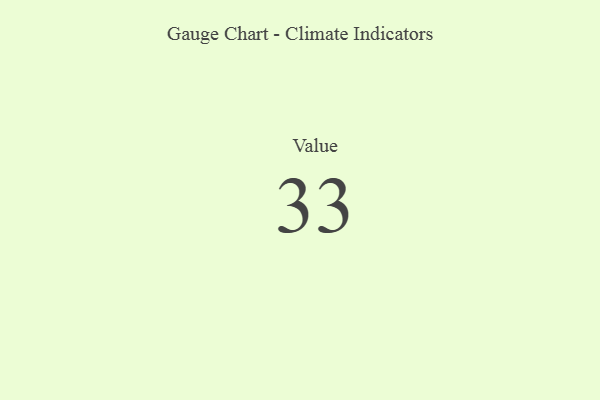
{"axis": {"x": "Metric", "y": "Value"}, "legend": [""], "data": [{"x": "Value", "y": 33, "type": ""}]}